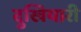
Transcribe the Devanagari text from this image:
दुखियारी